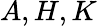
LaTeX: A,H,K